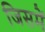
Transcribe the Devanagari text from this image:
जिसमें